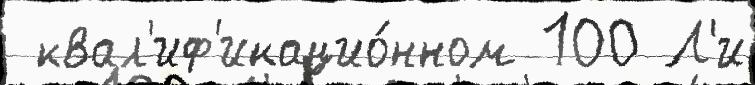
 квал'иф'икацио́нном 100 Л'и